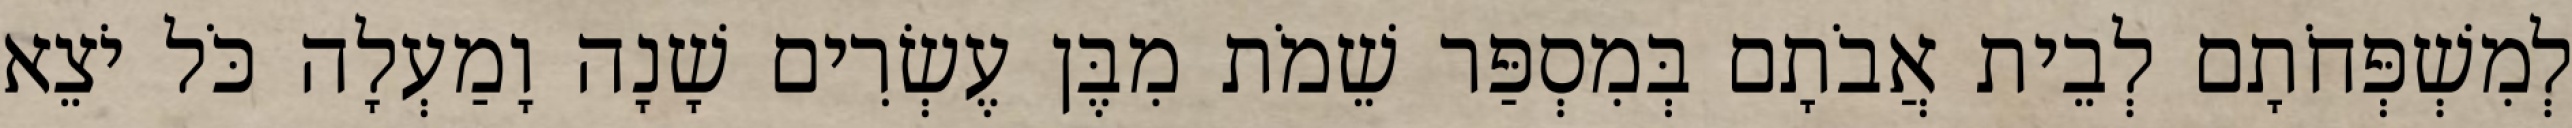
לְמִשְׁפְּחֹתָם לְבֵית אֲבֹתָם בְּמִסְפַּר שֵׁמֹת מִבֶּן עֶשְׂרִים שָׁנָה וָמַעְלָה כֹּל יֹצֵא